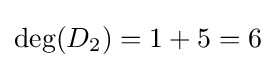
\deg(D_{2})=1+5=6